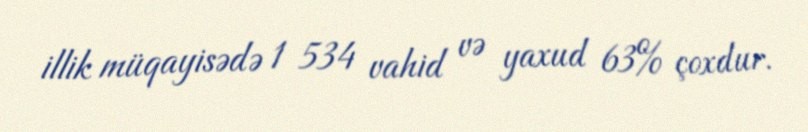
illik müqayisədə 1 534 vahid və yaxud 63% çoxdur.